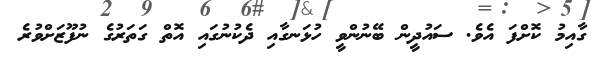
ގާއިމު ކޮށްފަ އެވެ. ސައުދީން ބޭނުންވީ ހުޅަނގާއި ދެކުނުގައި އޮތް ގަތަރުގެ ނުފޫޒަށްވުރެ